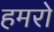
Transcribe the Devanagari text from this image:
हमरो